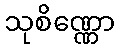
သုစိဏ္ဏော